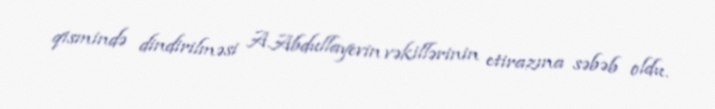
qismində dindirilməsi A.Abdullayevin vəkillərinin etirazına səbəb oldu.